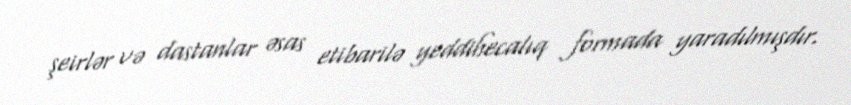
şeirlər və dastanlar əsas etibarilə yeddihecalıq formada yaradılmışdır.